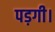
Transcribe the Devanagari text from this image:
पड़गी।